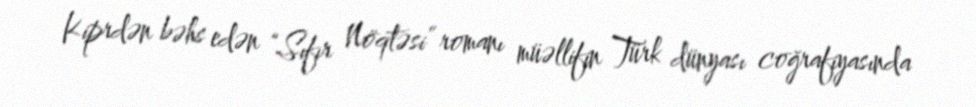
Kiprdən bəhs edən “Sıfır Nöqtəsi” romanı müəllifin Türk dünyası coğrafiyasında